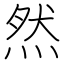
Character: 然